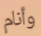
وأنام